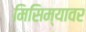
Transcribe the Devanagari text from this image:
मिसिम्यावर